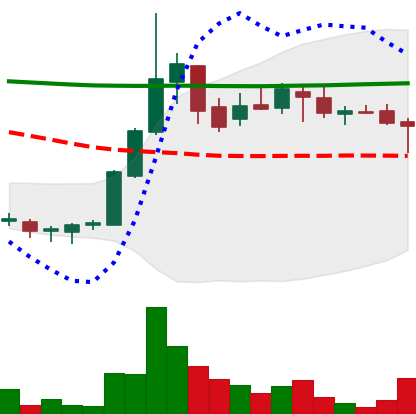
Ticker: DOGE-USD
Chart end date: 2018-07-30
Forward return: -16.132%
Label: down_7plus